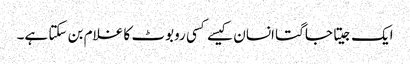
ایک جیتا جاگتا انسان کیسے کسی روبوٹ کا غلام بن سکتا ہے۔